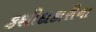
કશીદાકારીના